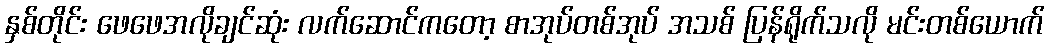
နှစ်တိုင်း ဖေဖေအလိုချင်ဆုံး လက်ဆောင်ကတော့ စာအုပ်တစ်အုပ် အသစ် ပြန်ရိုက်သလို မင်းတစ်ယောက်